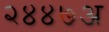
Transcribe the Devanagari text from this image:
२४४७अ